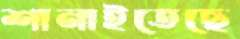
শানাইতেছে